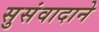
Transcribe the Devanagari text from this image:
सुसंवादाने